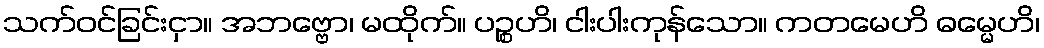
သက်ဝင်ခြင်းငှာ။ အဘဗ္ဗော၊ မထိုက်။ ပဉ္စဟိ၊ ငါးပါးကုန်သော။ ကတမေဟိ ဓမ္မေဟိ၊